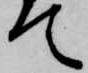
て